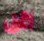
اتمني